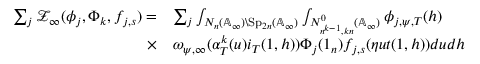
\begin{array} { r l } { \sum _ { j } \mathcal { Z } _ { \infty } ( \phi _ { j } , \Phi _ { k } , f _ { j , s } ) = } & { \sum _ { j } \int _ { N _ { n } ( \mathbb { A } _ { \infty } ) \backslash \mathrm { S p } _ { 2 n } ( \mathbb { A } _ { \infty } ) } \int _ { N _ { n ^ { k - 1 } , k n } ^ { 0 } ( \mathbb { A } _ { \infty } ) } \phi _ { j , \psi , T } ( h ) } \\ { \times } & { \omega _ { \psi , \infty } ( \alpha _ { T } ^ { k } ( u ) i _ { T } ( 1 , h ) ) \Phi _ { j } ( 1 _ { n } ) f _ { j , s } ( \eta u t ( 1 , h ) ) d u d h } \end{array}